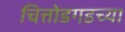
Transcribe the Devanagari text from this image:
चित्तोडगडच्या